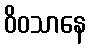
ဝိဝသာနေ